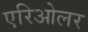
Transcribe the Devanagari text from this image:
एरिओलर